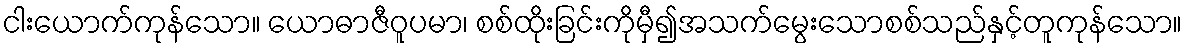
ငါးယောက်ကုန်သော။ ယောဓာဇီဝူပမာ၊ စစ်ထိုးခြင်းကိုမှီ၍အသက်မွေးသောစစ်သည်နှင့်တူကုန်သော။